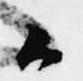
候